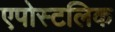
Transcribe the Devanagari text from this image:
एपोस्टलिक